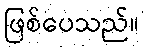
ဖြစ်ပေသည်။